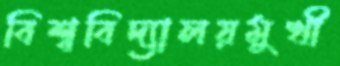
বিশ্ববিদ্যালয়মুখী